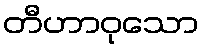
တီဟာဝုသော